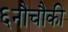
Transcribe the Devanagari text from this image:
६नौचौकी